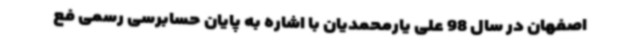
اصفهان در سال 98 علی یارمحمدیان با اشاره به پایان حسابرسی رسمی فع